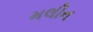
મલીન